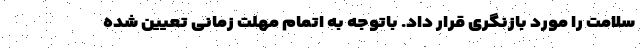
سلامت را مورد بازنگری قرار داد. باتوجه به اتمام مهلت زمانی تعیین شده